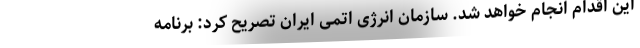
این اقدام انجام خواهد شد. سازمان انرژی اتمی ایران تصریح کرد: برنامه